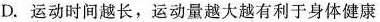
D.运动时间越长，运动量越大越有利于身体健康